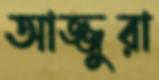
আজ্জুরা